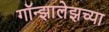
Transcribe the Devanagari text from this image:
गॉन्झालेझच्या